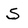
Character: S